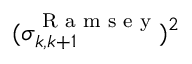
( \sigma _ { k , k + 1 } ^ { \textrm { R a m s e y } } ) ^ { 2 }